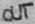
Text: OUT